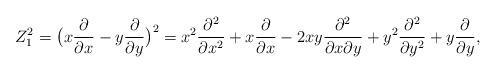
LaTeX: \begin{align*}Z_1^2&=\big(x\frac{\partial}{\partial x} -y\frac{\partial}{\partial y}\big)^2=x^2 \frac{\partial^2}{\partial x^2}+ x\frac{\partial}{\partial x}-2xy\frac{\partial^2}{\partial x\partial y}+y^2\frac{\partial^2}{\partial y^2}+y\frac{\partial}{\partial y},\end{align*}